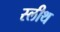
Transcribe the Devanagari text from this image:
स्लीथ